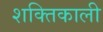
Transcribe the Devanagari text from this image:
शक्‍तिकाली